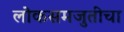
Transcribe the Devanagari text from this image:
लोकसमजुतीचा